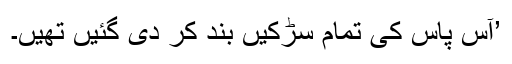
’آس پاس کی تمام سڑکیں بند کر دی گئیں تھیں۔